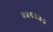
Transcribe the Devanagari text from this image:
५५६६३३